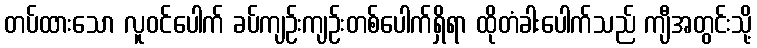
တပ်ထားသော လူဝင်ပေါက် ခပ်ကျဉ်းကျဉ်းတစ်ပေါက်ရှိရာ ထိုတံခါးပေါက်သည် ကျီအတွင်းသို့